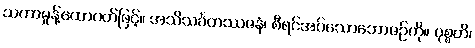
သကာမှုန့်ထောပတ်ဖြင့်။ အသိသင်္ခတဿဇနံ၊ စီရင်အပ်သောဘောဇဉ်ကို။ ဝုစ္စတိ၊